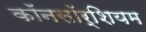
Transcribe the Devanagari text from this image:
कॉनसॉर्शियम